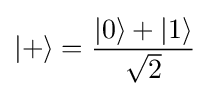
|+\rangle ={\frac {|0\rangle +|1\rangle }{\sqrt {2}}}